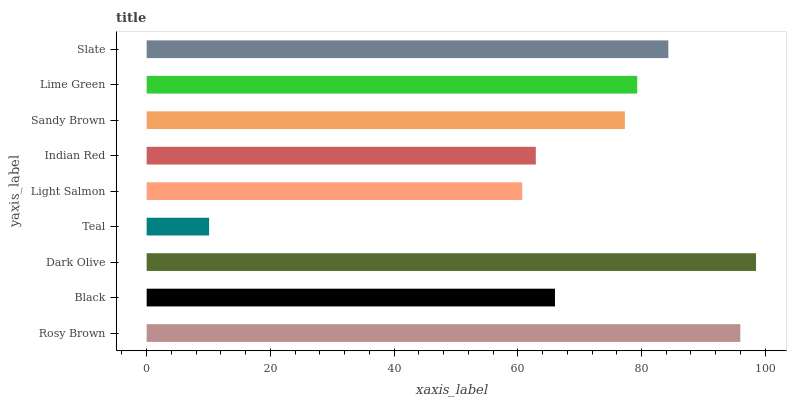
| yaxis_label | bars |
 | --- | --- |
 | Rosy Brown | 96 |
 | Black | 66 |
 | Dark Olive | 98.5 |
 | Teal | 10.1 |
 | Light Salmon | 60.7 |
 | Indian Red | 62.9 |
 | Sandy Brown | 77.3 |
 | Lime Green | 79.3 |
 | Slate | 84.3 |